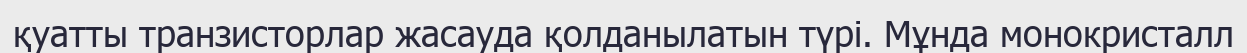
қуатты транзисторлар жасауда қолданылатын түрі. Мұнда монокристалл